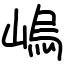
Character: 嵨